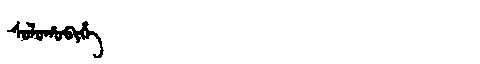
Manchu: ᠰᠣᠯᠣᡥᠣᠪᡳᡥᡝ
Romanization: SOLOHOBIHE